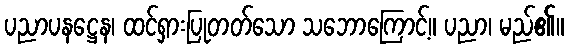
ပညာပနဋ္ဌေန၊ ထင်ရှားပြုတတ်သော သဘောကြောင့်။ ပညာ၊ မည်၏။